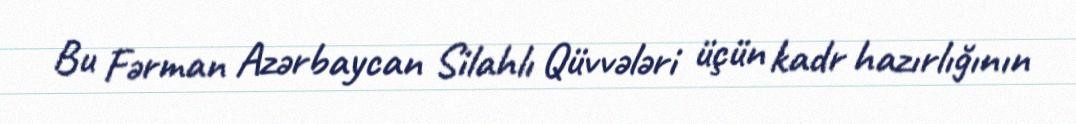
Bu Fərman Azərbaycan Silahlı Qüvvələri üçün kadr hazırlığının